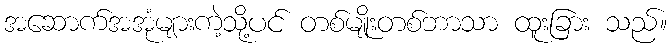
အဆောက်အအုံများကဲ့သို့ပင် တစ်မျိုးတစ်ဘာသာ ထူးခြား သည်။